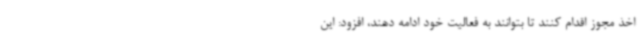
اخذ مجوز اقدام کنند تا بتوانند به فعالیت خود ادامه دهند، افزود: این